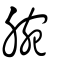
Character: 腕